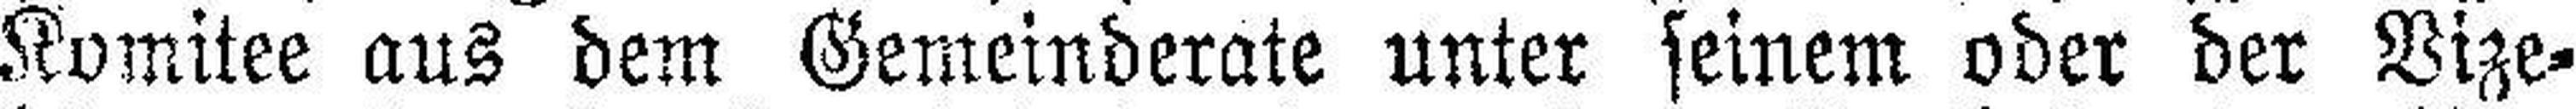
Komitee aus dem Gemeinderate unter seinem oder der Vize¬